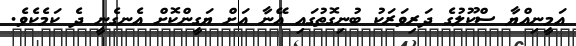
އަމީނިއްޔާ ސްކޫލުގެ ދަރިވަރަކު ބުނިގޮތުގައި އޭނާ އަށް ޔަގީންކޮށް އެނގެނީ ދެ ކަމެކެވެ.